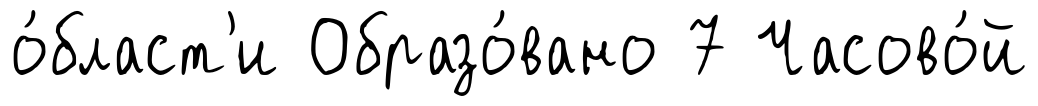
о́бласт'и Образо́вано 7 Часово́й